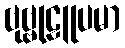
ဗုဗ္ဗုဠူပမာ